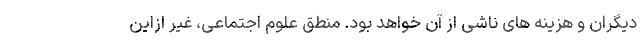
دیگران و هزینه های ناشی از آن خواهد بود. منطقِ علوم اجتماعی، غیر ازاین